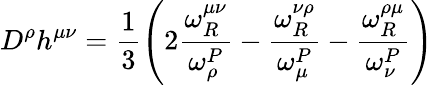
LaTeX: D^{\rho}h^{\mu\nu}=\frac{1}{3}\left(2\frac{\omega_{R}^{\mu\nu}}{\omega_{\rho}^{P}}-\frac{\omega_{R}^{\nu\rho}}{\omega_{\mu}^{P}}-\frac{\omega_{R}^{\rho\mu}}{\omega_{\nu}^{P}}\right)